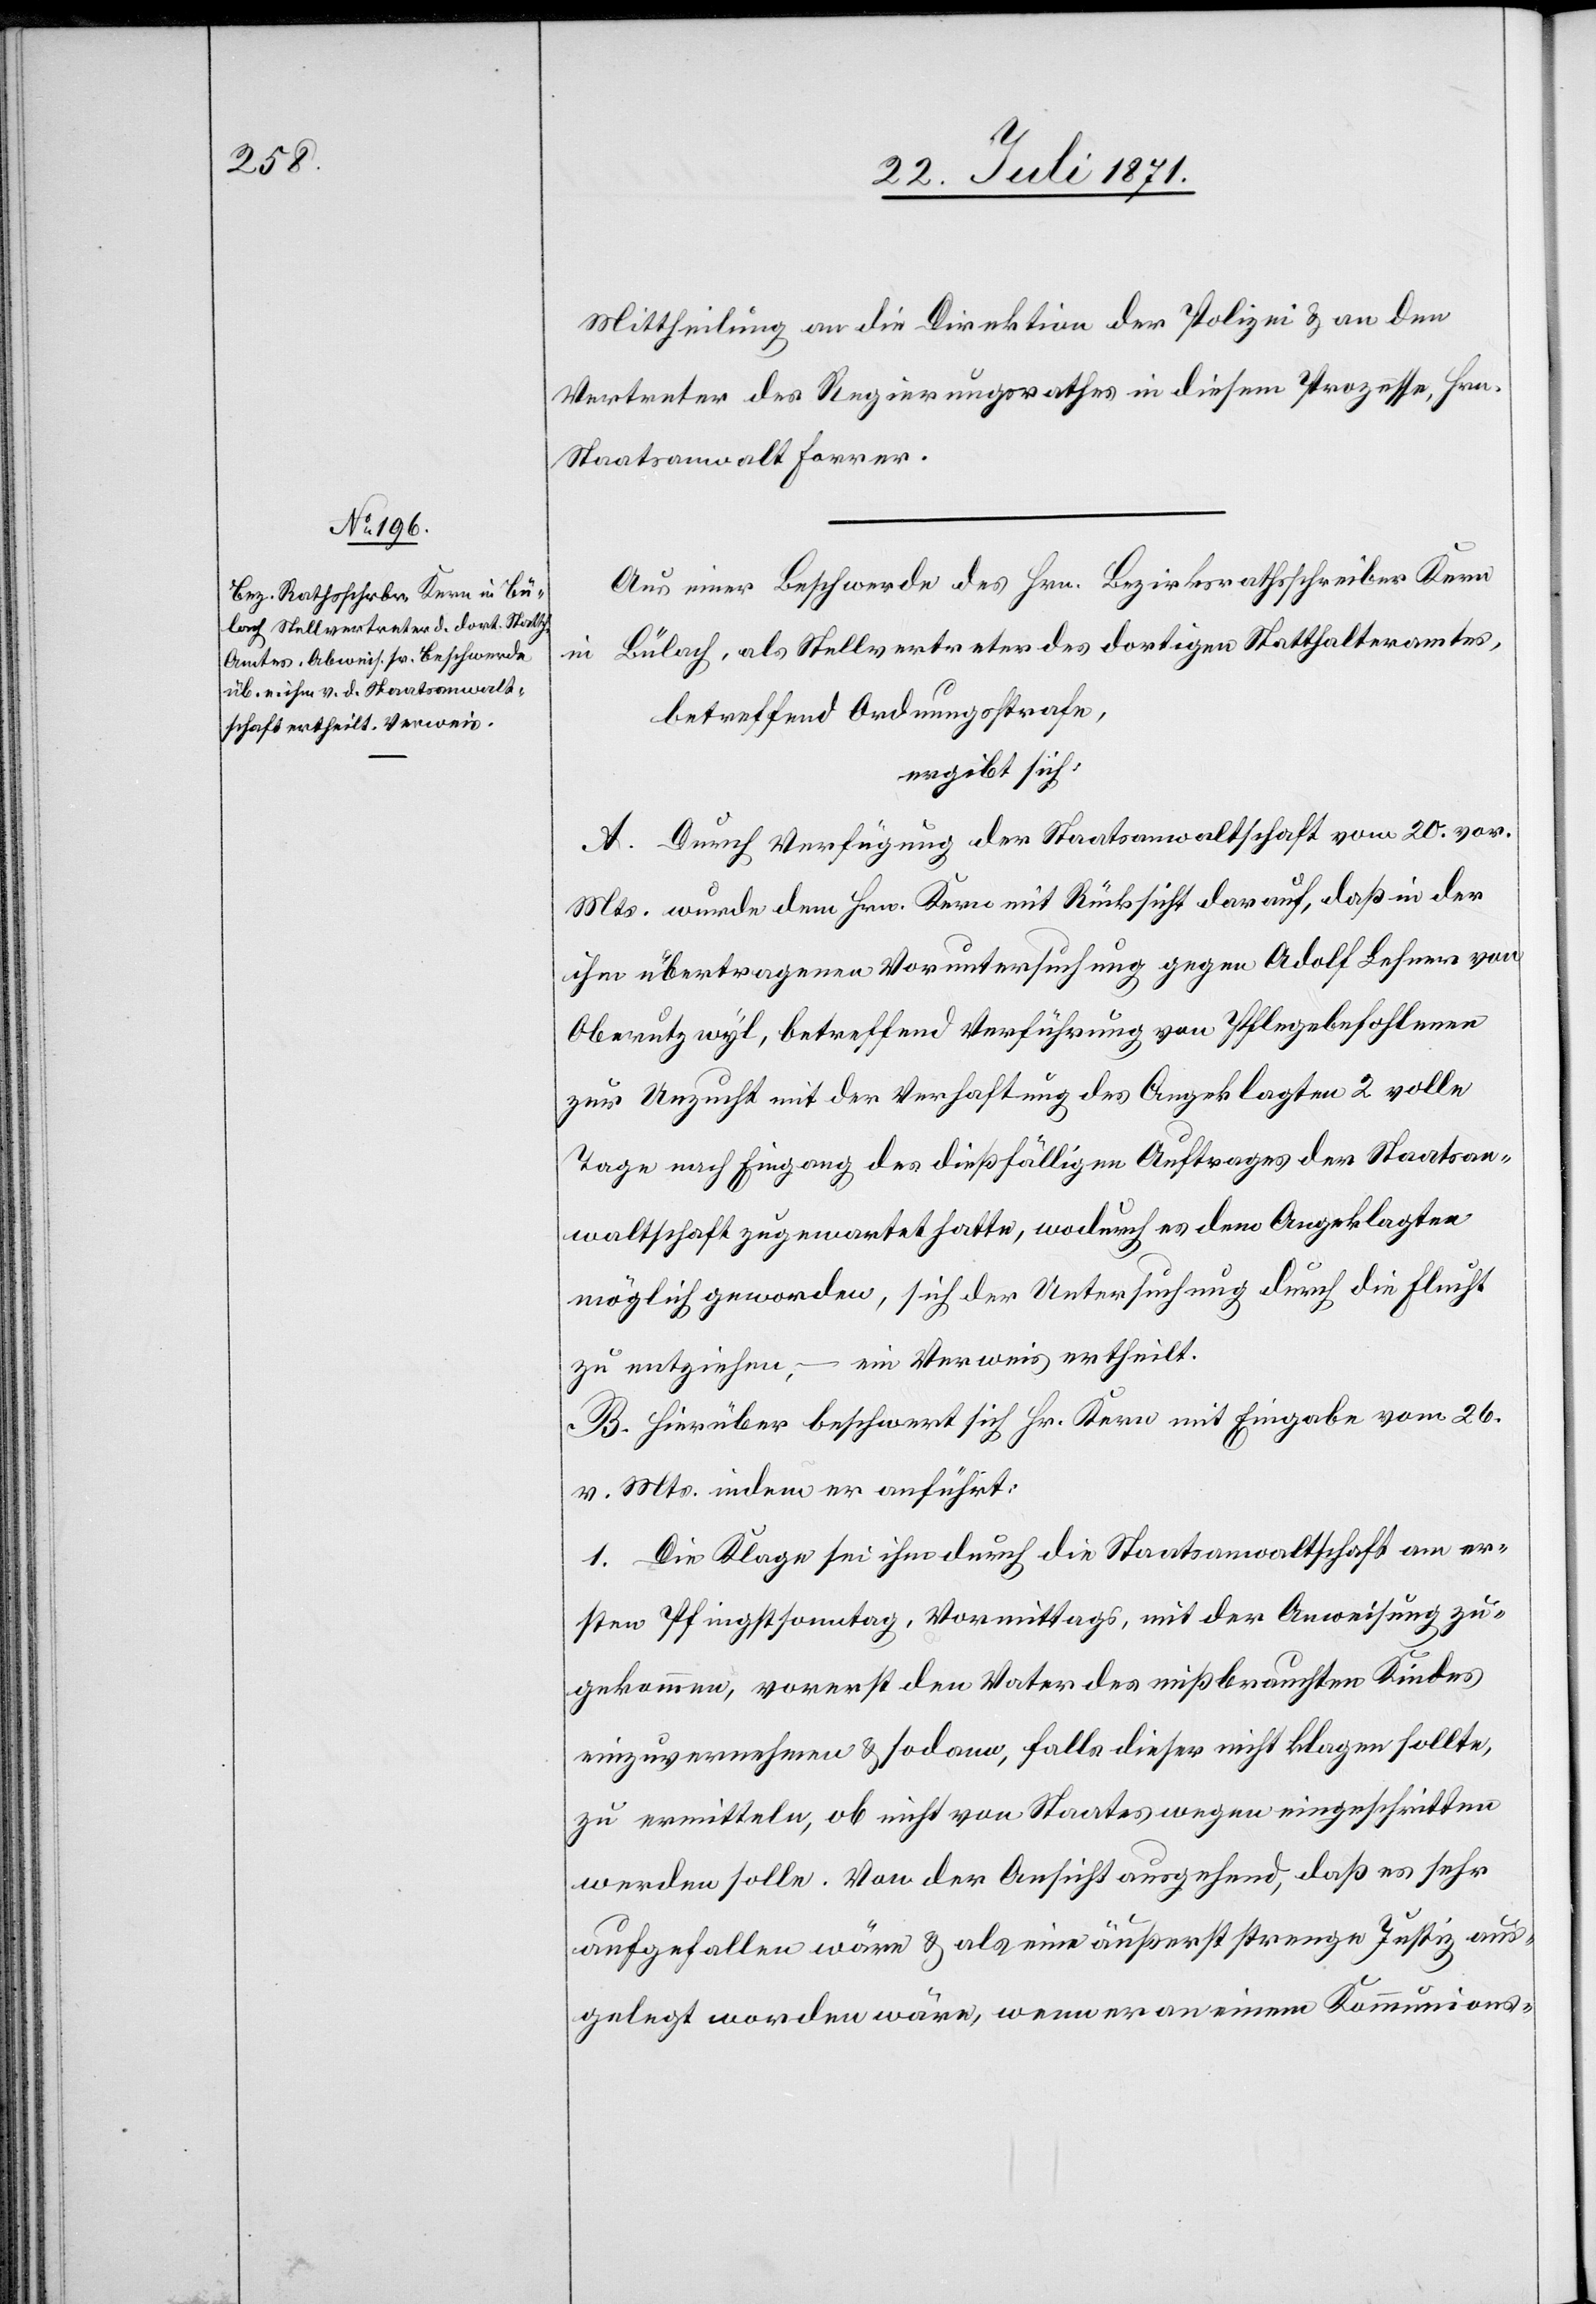
Mittheilung an die Direktion der Polizei u. an den
Vertreter des Regierungsrathes in diesem Prozesse, Hrn.
Staatsanwalt Forrer.
Aus einer Beschwerde des Hrn. Bezirksrathsschreiber Kern
in Bülach, als Stellvertreter des dortigen Statthalteramtes,
betreffend Ordnungsstrafe,
ergibt sich:
A. Durch Verfügung der Staatsanwaltschaft vom 20. vor.
Mts. wurde dem Hrn. Kern mit Rücksicht darauf, daß in der
ihm übertragenen Voruntersuchung gegen Adolf Lehner von
Oberutzwyl, betreffend Verführung von Pflegebefohlenen
zur Unzucht mit der Verhaltung des Angeklagten 2 volle
Tage nach Eingang des dießfälligen Auftrages der Staatsan¬
waltschaft zugewartete hatte, wodurch es dem Angeklagten
möglich geworden, sich der Untersuchung durch die Flucht
zu entziehen, – ein Verweise ertheilt.
B. Hierüber beschwert sich Hr. Kern mit Eingabe vom 26.
v. Mts. indem er anführt:
1. Die Klage sei ihm durch die Staatsanwaltschaft am er¬
sten Pfingstsonntag, Vormittags, mit der Anweisung zu¬
gekommen, vorerst den Vater des mißbrauchten Kindes
einzuvernehmen u. sodann, falls dieser nicht klagen sollte,
zu ermitteln, ob nicht von Staates wegen eingeschritten
werden solle. Von der Ansicht ausgehend, daß es sehr
aufgefallen wäre u. als eine äußerst strenge Justiz aus¬
gelegt worden wäre, wenn er an einem Kommunions-